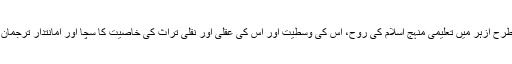
اس طرح ازہر میں تعلیمی منہج اسلام کی روح، اس کی وسطیت اور اس کی عقلی اور نقلی تراث کی خاصیت کا سچا اور امانتدار ترجمان ہے۔